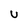
Character: U